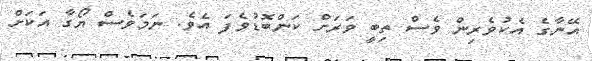
އޭނާގެ އެކުވެރިން ވެސް ތިބީ ވަރަށް ކަންބޮޑުވެފަ އެވެ. ނަމަވެސް ޔޯގާ އަކަށް